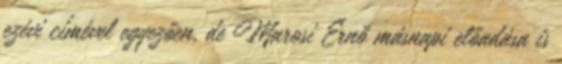
ezévi címével egyezően, de Marosi Ernő másnapi előadása is